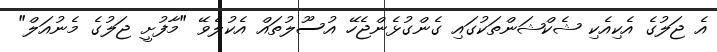
އެ ޖަލުގެ އެކިއެކި ޝެކްޝަންތަކުގައި ގެންގުޅެންޖެހޭ އުސޫލުތައް އެކުލެވޭ "މާފުށީ ޖަލުގެ މެނުއަލް"